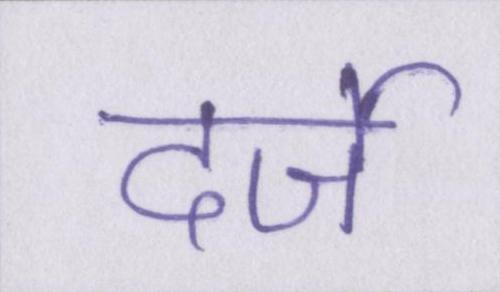
दर्जे